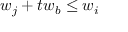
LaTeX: w _ { j } + t w _ { b } \leq w _ { i }